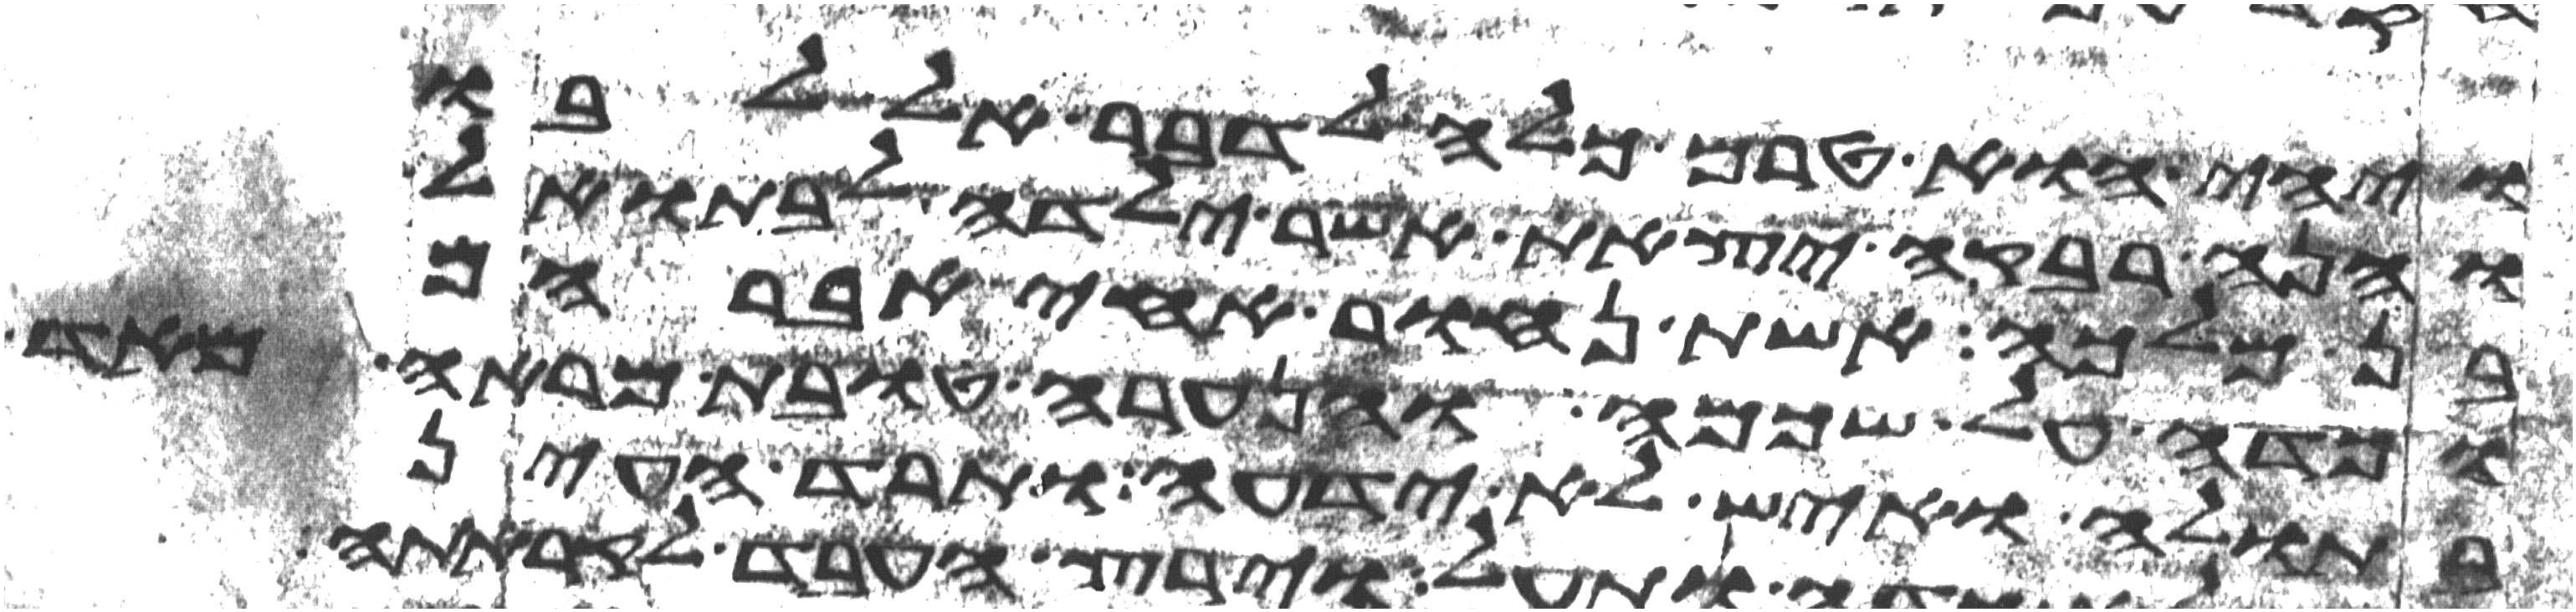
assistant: ויהי הוא טרם כלה לדבר אל לבו
והנה רבקה יצאת אשר ילדה לבתואל
בן מלכה אשת נחור אחי אברהם
וכדה על שכמה והנערה טובת מראה מאד
בתולה ואיש לא ידעה ותרד העין